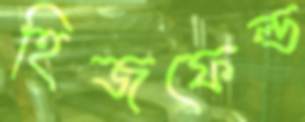
হিজফেল্ড